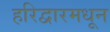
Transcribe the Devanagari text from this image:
हरिद्वारमधून